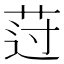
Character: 𰰾